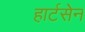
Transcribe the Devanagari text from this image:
हार्टसेन